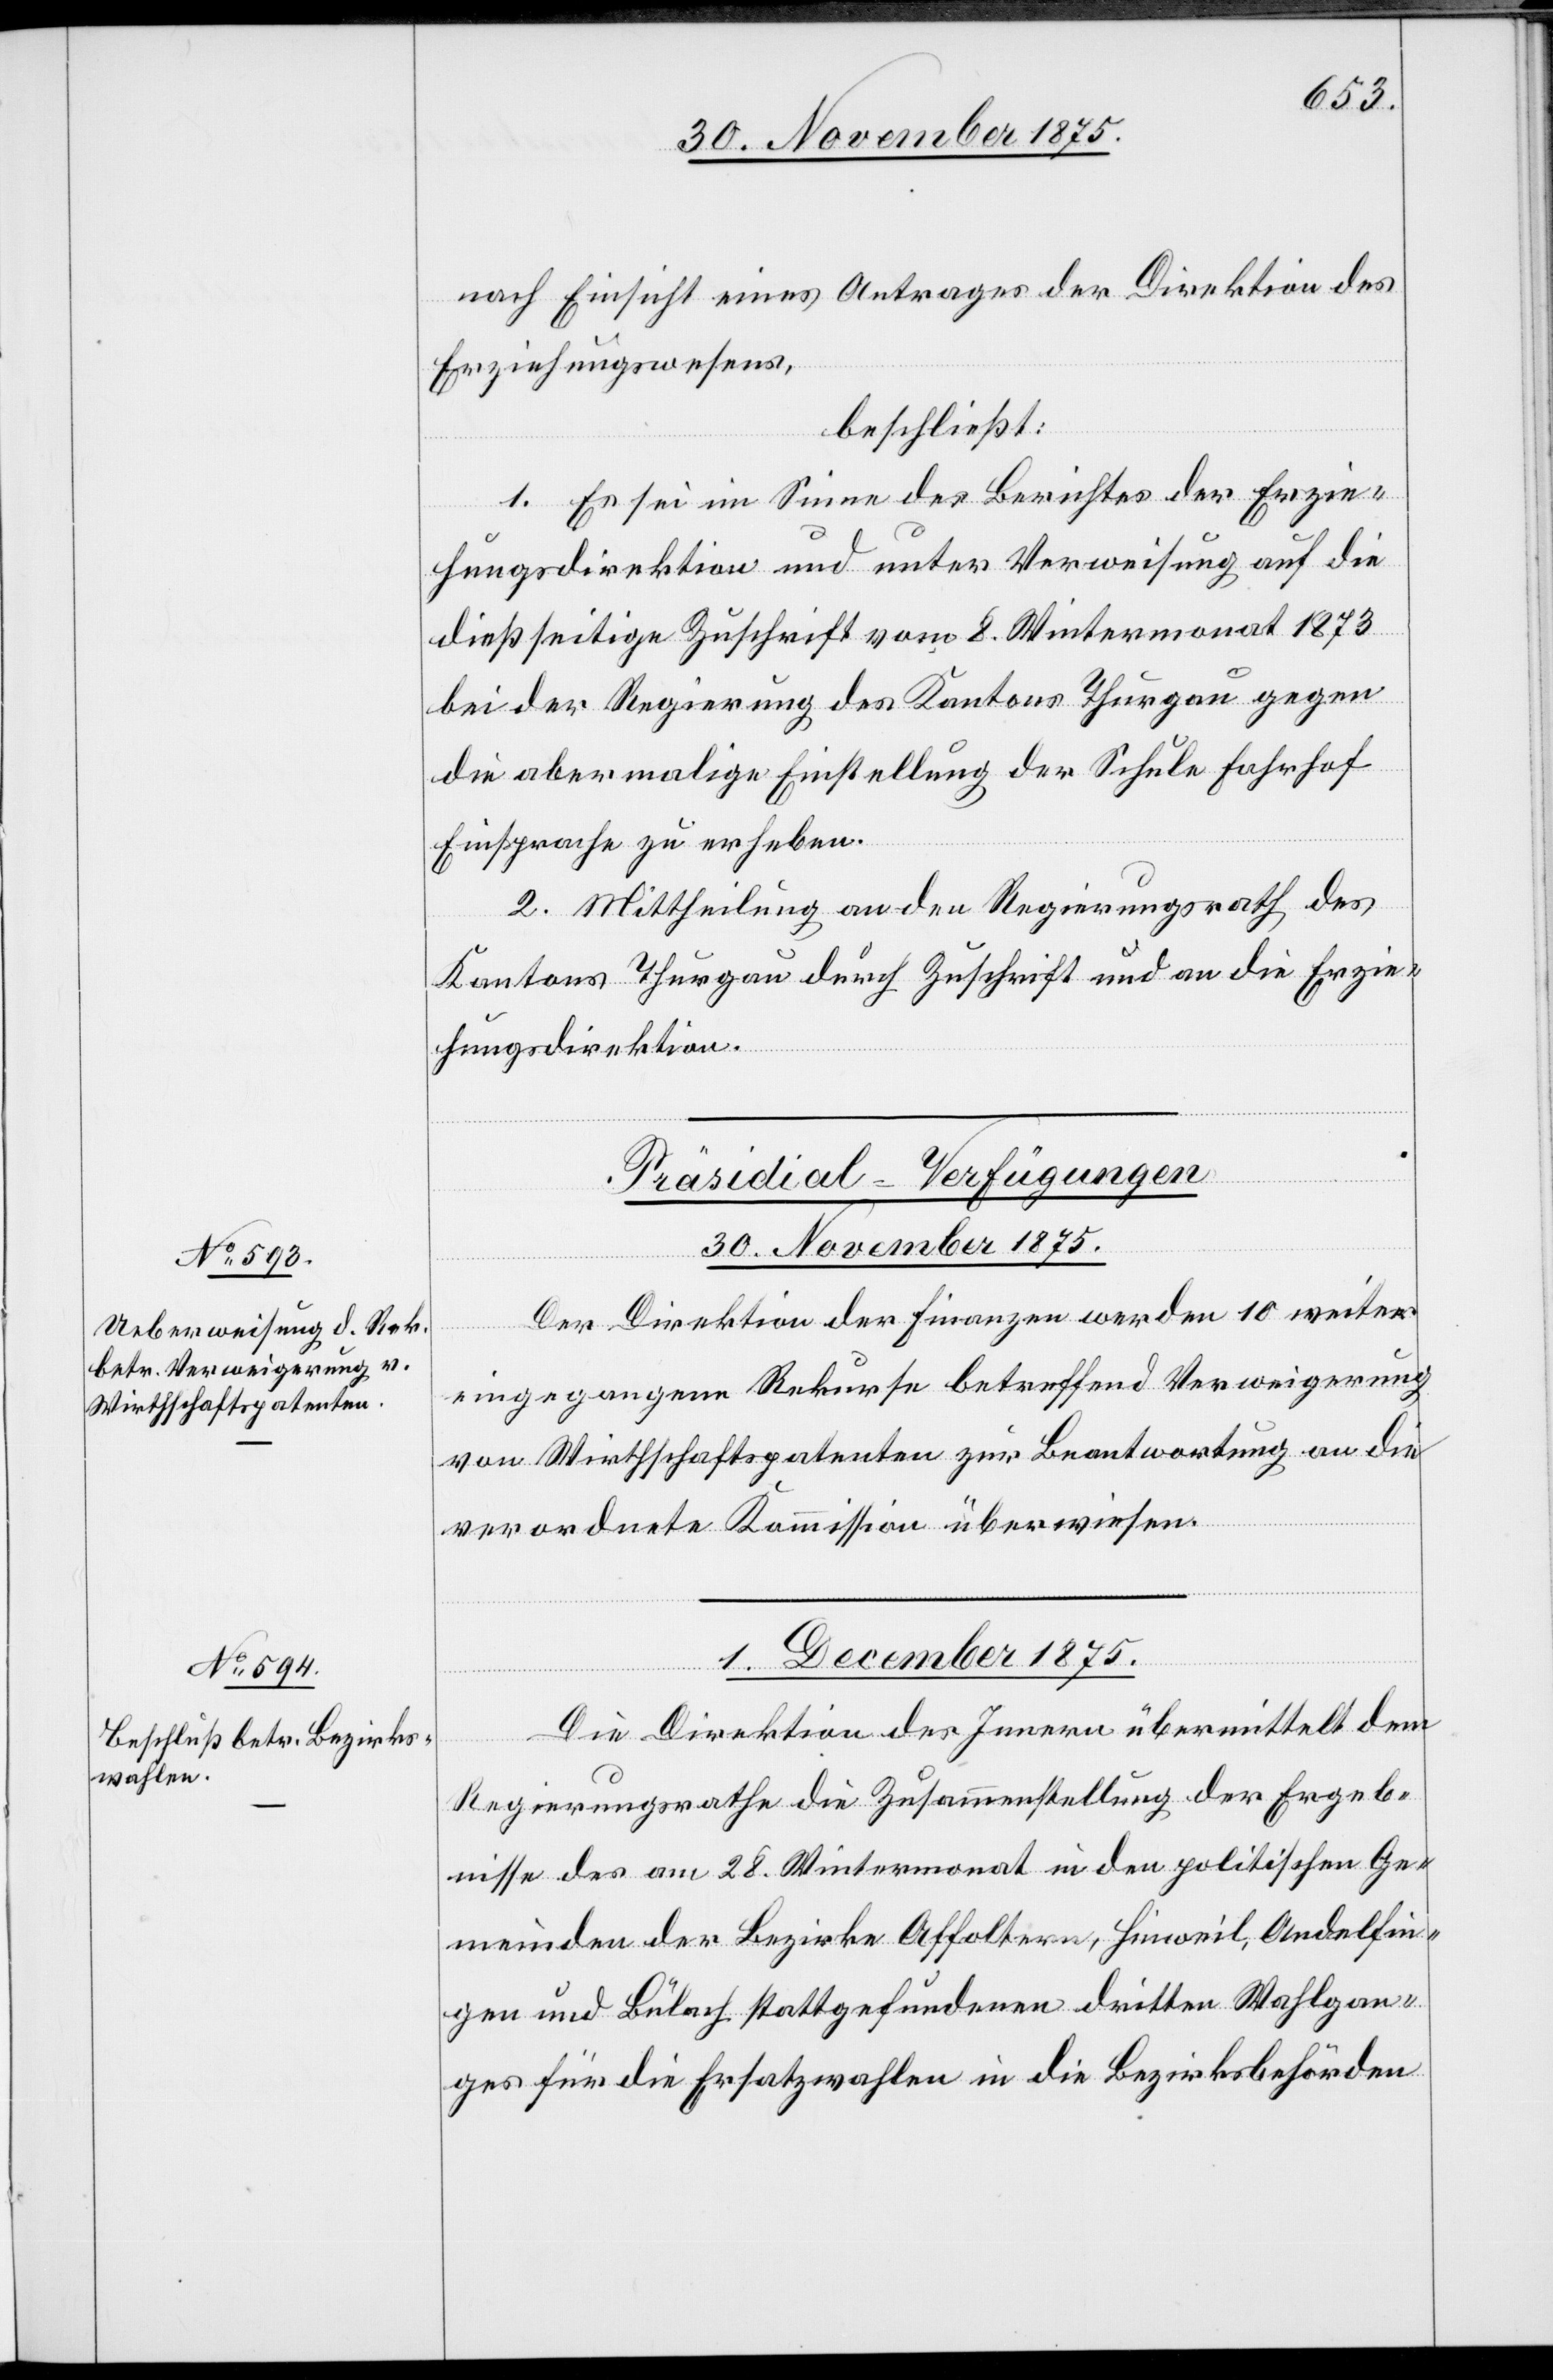
nach Einsicht eines Antrages der Direktion des
Erziehungswesens,
beschließt:
1. Es sei im Sinne des Berichtes der Erzie¬
hungsdirektion und unter Verweisung auf die
dießseitige Zuschrift vom 8. Wintermonat 1873
bei der Regierung des Kantons Thurgau gegen
die abermalige Einstellung der Schule Fahrhof
Einsprache zu erheben.
2. Mittheilung an den Regierungsrath des
Kantons Thurgau durch Zuschrift und an die Erzie¬
hungsdirektion.
[Präsidial-Verfügungen]
30. November 1875.
Der Direktion der Finanzen werden 10 weiter
eingegangene Rekurse betreffend Verweigerung
von Wirthschaftspatenten zur Beantwortung an die
verordnete Kommission überwiesen.
1. December 1875.
Die Direktion des Innern übermittelt dem
Regierungsrathe die Zusammenstellung der Ergeb¬
nisse des am 28. Wintermonat in den politischen Ge¬
meinden der Bezirke Affoltern, Hinweil, Andelfin¬
gen und Bülach stattgefundenen dritten Wahlgan¬
ges für die Ersatzwahlen in die Bezirksbehörden